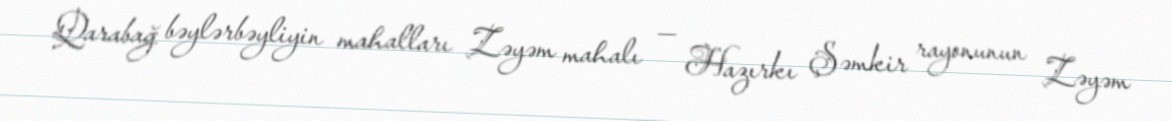
Qarabağ bəylərbəyliyin mahalları Zəyəm mahalı — Hazırkı Şəmkir rayonunun Zəyəm